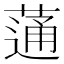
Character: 蓪